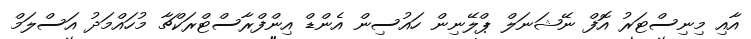
އާއި މިނިސްޓަރު އޮފް ނޭޝަނަލް ޕްލޭނިން ހައުސިން އެންޑް އިންފްރާސްޓްރަކްޗާ މުހައްމަދު އަަސްލަމް